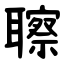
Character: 聺